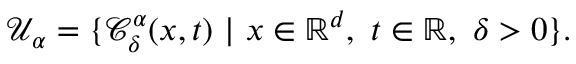
\mathcal { U } _ { \alpha } = \{ \mathcal { C } _ { \delta } ^ { \alpha } ( x , t ) \ | \ x \in \ensuremath { \mathbb { R } } ^ { d } , \ t \in \ensuremath { \mathbb { R } } , \ \delta > 0 \} .